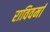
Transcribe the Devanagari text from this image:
राविवर्मा